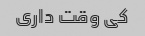
کی وقت داری